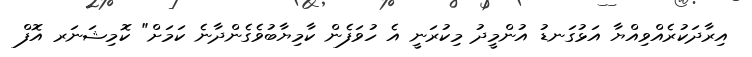
އިރާދަކުރެއްވިއްޔާ އަޅުގަނޑު އުންމީދު މިކުރަނީ އެ ހުވަފެން ކާމިޔާބުވެގެންދާނެ ކަމަށް" ކޮމިޝަނަރ އޮފް